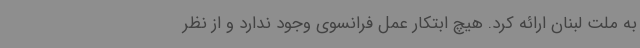
به ملت لبنان ارائه کرد. هیچ ابتکار عمل فرانسوی وجود ندارد و از نظر